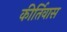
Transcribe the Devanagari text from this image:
कीर्तिवास